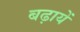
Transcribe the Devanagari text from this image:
बढ़ायें